Vital statistics of India. Vol. VI, European troops 1870-79
Year: 1870
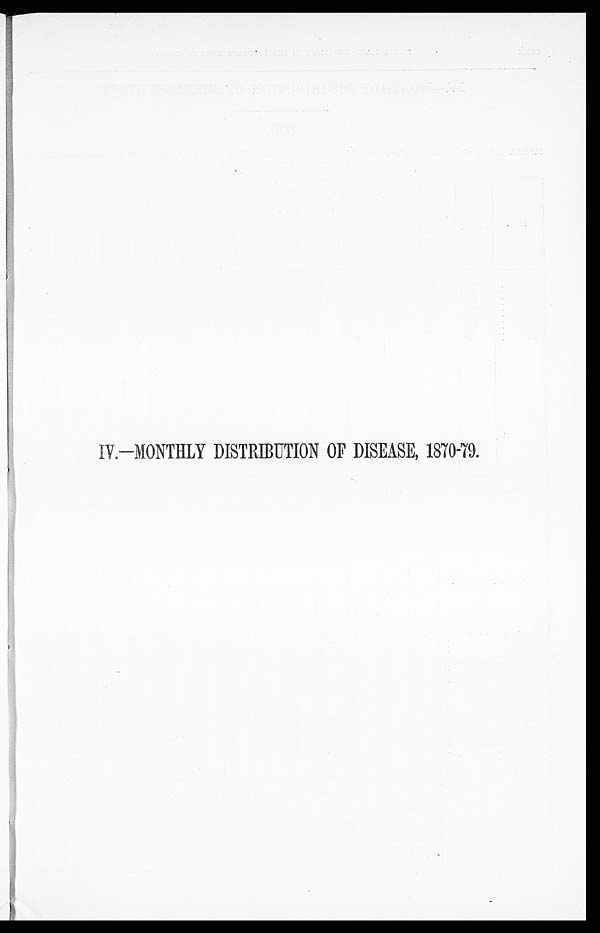
IV.—MONTHLY DISTRIBUTION OF DISEASE, 1870-79.